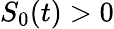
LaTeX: S_{0}(t)>0